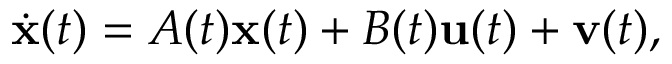
{ \dot { \mathbf { x } } } ( t ) = A ( t ) \mathbf { x } ( t ) + B ( t ) \mathbf { u } ( t ) + \mathbf { v } ( t ) ,